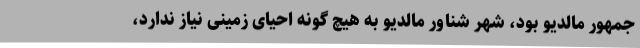
جمهور مالدیو بود، شهر شناور مالدیو به هیچ گونه احیای زمینی نیاز ندارد،